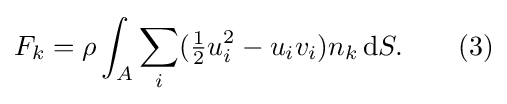
F_{k}=\rho \int _{A}\sum _{i}({\tfrac {1}{2}}u_{i}^{2}-u_{i}v_{i})n_{k}\,\mathrm {d} S.\qquad (3)